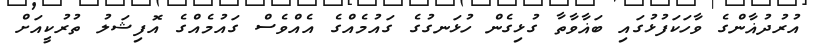
އުރުދުޣާންގެ ވާހަކަފުޅުގައި ބަޣާވާތާ ގުޅިގެން ހުޅަނގުގެ ގައުމެއްގެ އެއްވެސް ގައުމެއްގެ އޮފިޝަލު ތުރުކީއަށް